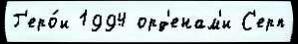
Г'еро́и 1994 орд'енам'и С'ерп